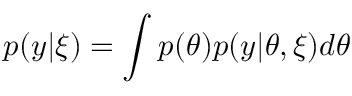
p ( y | \xi ) = \int p ( \theta ) p ( y | \theta , \xi ) d \theta